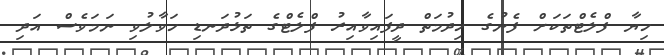
ހިޔާ ފްލެޓްތަކަށް ފެނުގެ ހިދުމަތް ދީފައިވާއިރު ފްލެޓްގެ ތަޅުދަނޑި ހަވާލުވި ނަމަވެސް އަދި